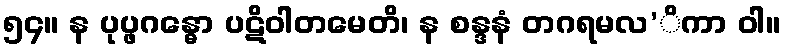
၅၄။ န ပုပ္ဖဂန္ဓော ပဋိဝါတမေတိ၊ န စန္ဒနံ တဂရမလ’ိကာ ဝါ။